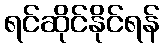
ရင်ဆိုင်နိုင်ရန်